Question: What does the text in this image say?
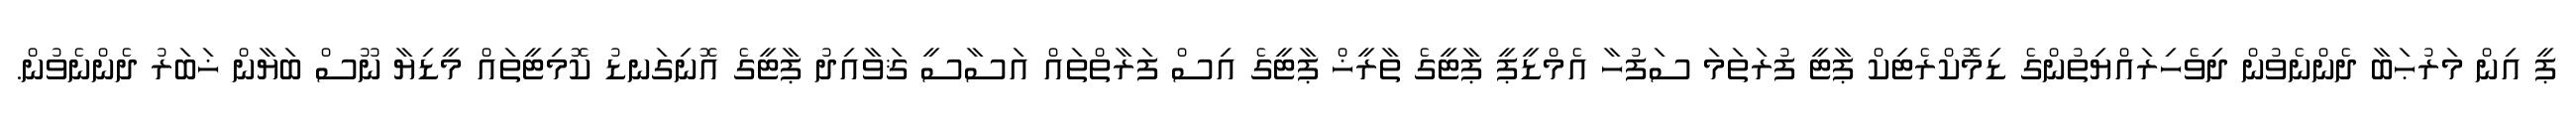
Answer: ޕީ އިން މަރުޙަބާ ދެންނެވުން ދިވެހިރައްޔިތުންގެ ޑިމޮކްރެޓިކް ޕާޓީ ފުރަތަމަ ސަފުހާ އެމްޑީޕީ ޕާޓީގެ ތާރީޚް ޕާޓީގެ އިސް ފަރާތްތައް އަސާސީ ޤަވާއިދު ޕާޓީގެ އޮނިގަނޑު ކޮމިޓީތައް މީޑިޔާ ނޫސް ބަޔާން ޚަބަރު ދެންނެވުން.